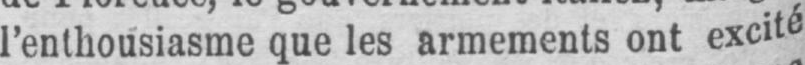
l’enthousiasme que les armements ont excité